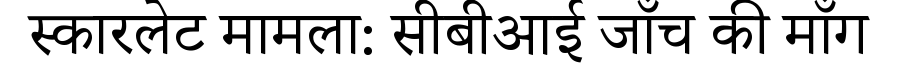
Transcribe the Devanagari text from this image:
स्कारलेट मामला: सीबीआई जाँच की माँग